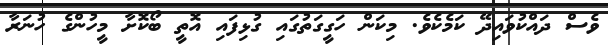
ވެސް ދައްކުވައިދޭ ކަމެކެވެ. މިކަން ހަގީގަތުގައި ގުޅިފައި އޮތީ ބޯކޮށާ މީހުންގެ ހުނަރާ